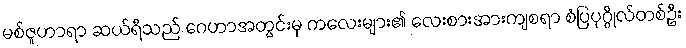
မစ်ဇူဟာရာ ဆယ်ရီသည် ဂေဟာအတွင်းမှ ကလေးများ၏ လေးစားအားကျစရာ စံပြပုဂ္ဂိုလ်တစ်ဦး